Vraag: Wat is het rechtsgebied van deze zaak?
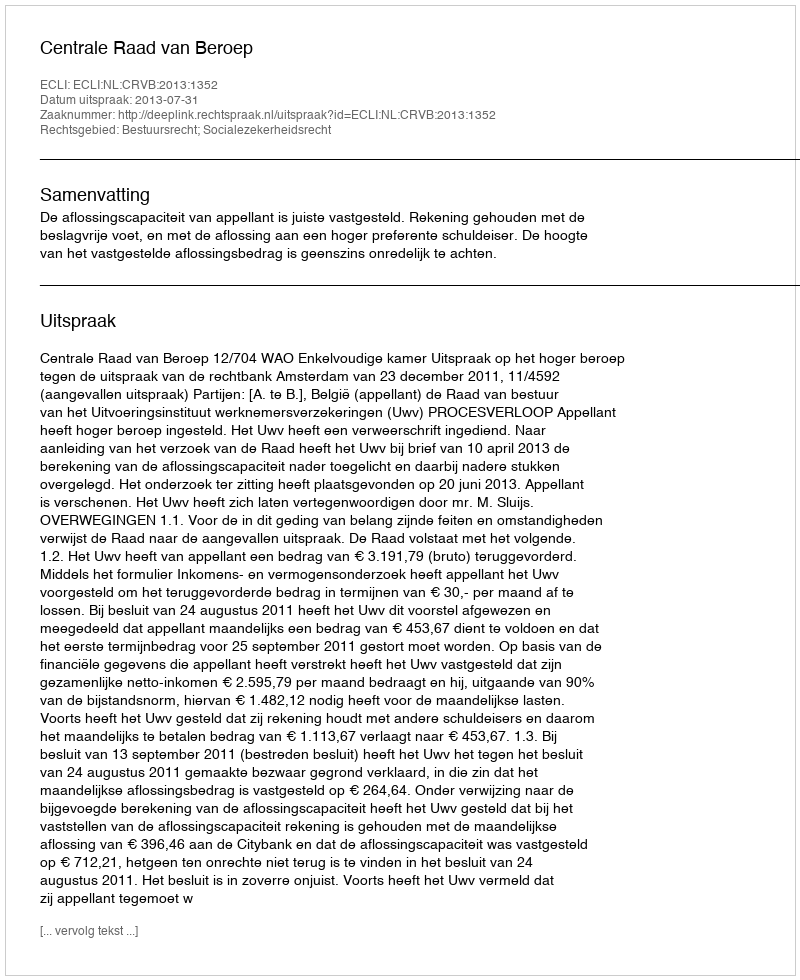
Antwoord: Bestuursrecht; Socialezekerheidsrecht